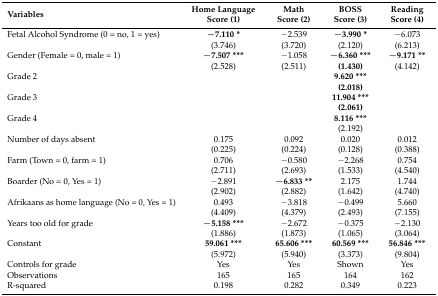
<table><thead><tr><td><b>Variables</b></td><td><b>Home Language Score (1)</b></td><td><b>Math Score (2)</b></td><td><b>BOSS Score (3)</b></td><td><b>Reading Score (4)</b></td></tr></thead><tbody><tr><td>Fetal Alcohol Syndrome (0 = no, 1 = yes)</td><td><b>−7.110 *</b></td><td>−2.539</td><td><b>−3.990 *</b></td><td>−6.073</td></tr><tr><td></td><td>(3.746)</td><td>(3.720)</td><td>(2.120)</td><td>(6.213)</td></tr><tr><td>Gender (Female = 0, male = 1)</td><td><b>−7.507 ***</b></td><td>−1.058</td><td><b>−6.360 ***</b></td><td><b>−9.171 **</b></td></tr><tr><td></td><td>(2.528)</td><td>(2.511)</td><td><b>(1.430)</b></td><td>(4.142)</td></tr><tr><td>Grade 2</td><td></td><td></td><td><b>9.620 ***</b></td><td></td></tr><tr><td></td><td></td><td></td><td><b>(2.018)</b></td><td></td></tr><tr><td>Grade 3</td><td></td><td></td><td><b>11.904 ***</b></td><td></td></tr><tr><td></td><td></td><td></td><td><b>(2.061)</b></td><td></td></tr><tr><td>Grade 4</td><td></td><td></td><td><b>8.116 ***</b></td><td></td></tr><tr><td></td><td></td><td></td><td>(2.192)</td><td></td></tr><tr><td>Number of days absent </td><td>0.175</td><td>0.092</td><td>0.020</td><td>0.012</td></tr><tr><td></td><td>(0.225)</td><td>(0.224)</td><td>(0.128)</td><td>(0.388)</td></tr><tr><td>Farm (Town = 0, farm = 1)</td><td>0.706</td><td>−0.580</td><td>−2.268</td><td>0.754</td></tr><tr><td></td><td>(2.711)</td><td>(2.693)</td><td>(1.533)</td><td>(4.540)</td></tr><tr><td>Boarder (No = 0, Yes = 1)</td><td>−2.891</td><td><b>−6.833 **</b></td><td>2.175</td><td>1.744</td></tr><tr><td></td><td>(2.902)</td><td>(2.882)</td><td>(1.642)</td><td>(4.740)</td></tr><tr><td>Afrikaans as home language (No = 0, Yes = 1)</td><td>0.493</td><td>−3.818</td><td>−0.499</td><td>5.660</td></tr><tr><td></td><td>(4.409)</td><td>(4.379)</td><td>(2.493)</td><td>(7.155)</td></tr><tr><td>Years too old for grade</td><td><b>−5.158 ***</b></td><td>−2.672</td><td>−0.375</td><td>−2.130</td></tr><tr><td></td><td>(1.886)</td><td>(1.873)</td><td>(1.065)</td><td>(3.064)</td></tr><tr><td>Constant</td><td><b>59.061 ***</b></td><td><b>65.606 ***</b></td><td><b>60.569 ***</b></td><td><b>56.846 ***</b></td></tr><tr><td></td><td>(5.972)</td><td>(5.940)</td><td>(3.373)</td><td>(9.804)</td></tr><tr><td>Controls for grade</td><td>Yes</td><td>Yes</td><td>Shown</td><td>Yes</td></tr><tr><td>Observations</td><td>165</td><td>165</td><td>164</td><td>162</td></tr><tr><td>R-squared</td><td>0.198</td><td>0.282</td><td>0.349</td><td>0.223</td></tr></tbody></table>